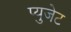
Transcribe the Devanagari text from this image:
प्युजेट